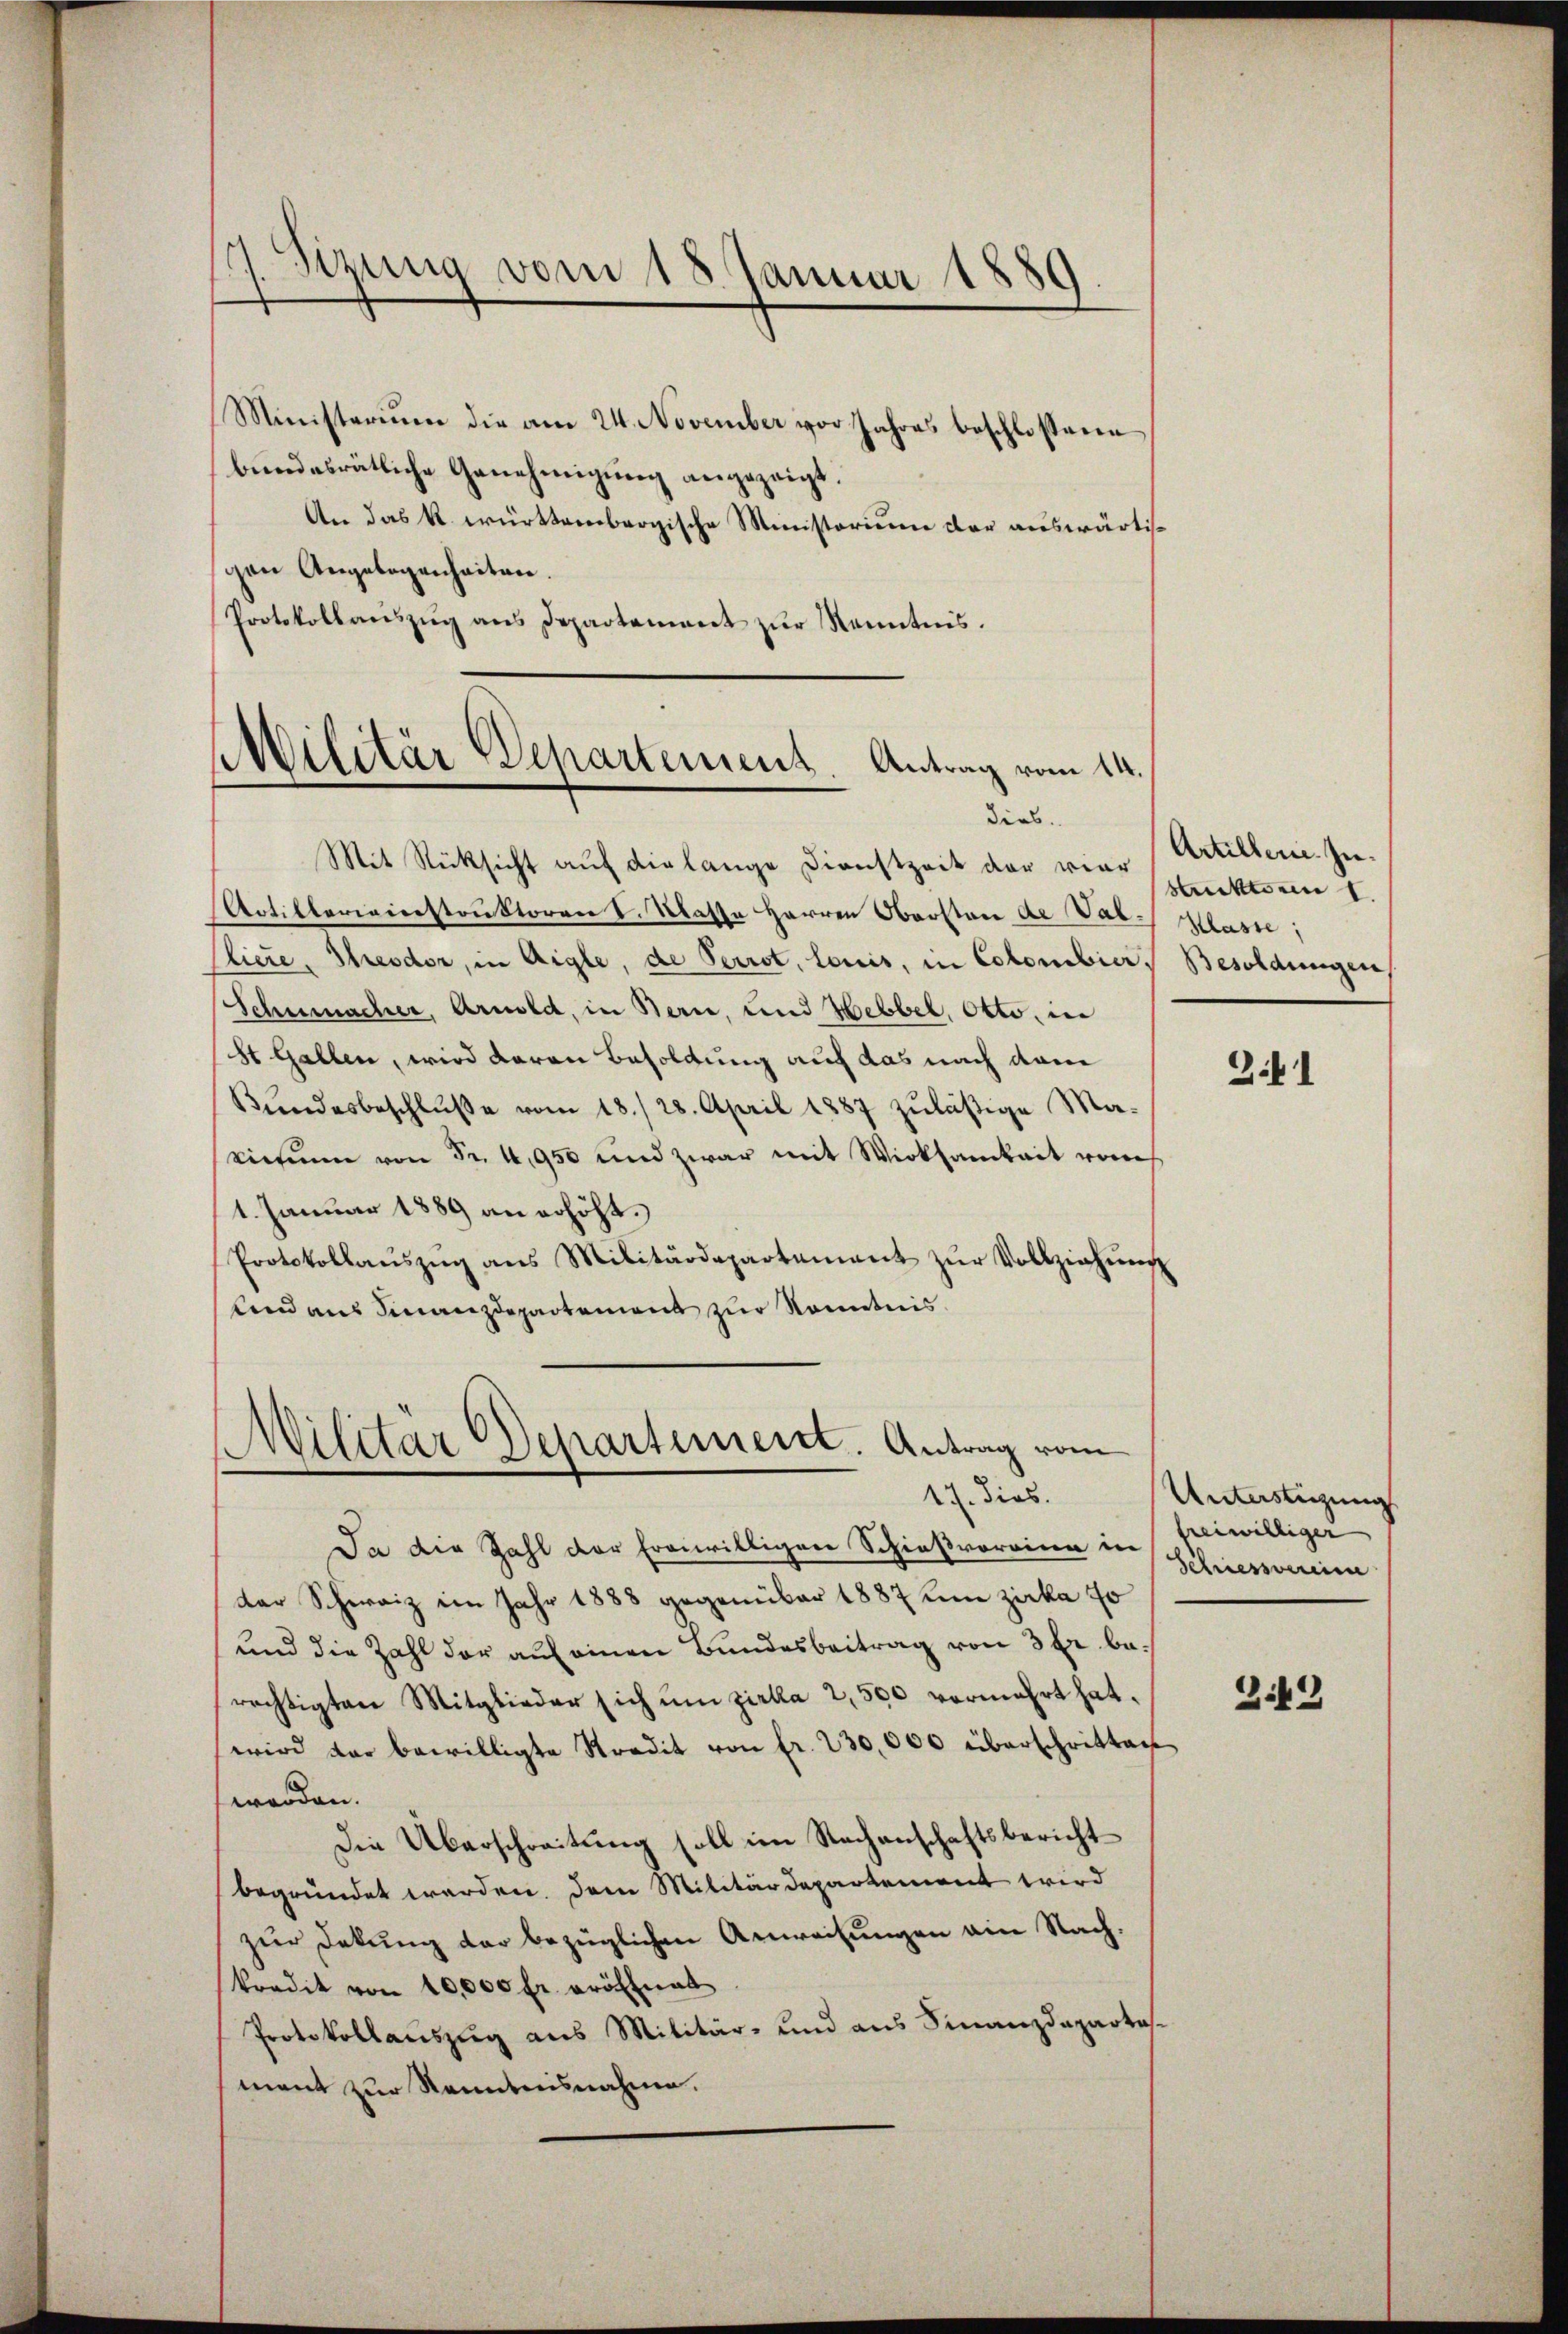
.
Sizung vom 18. Januar 1889

Ministerium die am 24. November vor Jahres beschlossene
bŭndesrätliche Genehmigŭng angezeigt.
An das k. württembergische Ministorium der auswärtigen Angebogenheiten.
Protokollauszug aus Departement zur Kenntnis.

Militär Departement. Antrag vom 14.

dies.
Mit Rücksicht auf die lange Dienstzeit der vier
Artillerieienstruktoren I. Klasse Herren Obersten de Var- lasse,
liere, Theodor, in Aigle, de Perrot, louis, in Colombier, Besoldungen
Schumacher, Arnold, in Bern, und Hebbel, Otto, in
St Gallen, wird daran Besoldung auf das nach dam
Bŭndesbeschlŭβe vom 18./ 28. April 1887 zuläßige Ma-
icum von Fr. 4, 950 und zwar mit Wirksamkeit von
1. Januar 1889 an erhöht.
Protokollaŭszŭg ans Militärdepartement zŭr Vollziehŭng
und aus Finanzdepartement zur Kenntnis

s
Militär Departement. Antrag vom
17. dies

Da die Zahl der freiwilligen Schießvorrina in
der Schweiz im Jahr 1888 gegenüber 1887 um Zirka fo
und die Zahl der auf einen Bundesbeitrag von 3 Fr. berechtigten Mitglieder sich ŭm zirka 2,500 vermehrt hat.
wird der bewilligte Stradit von fr. 230,000 überschritten
worden.
Die Überschreitung soll im Nachanschaftsbericht
begründet werden. Dem Militärdepartement wird
zur Dekŭng der bezüglichen Anweisungen ain Nachkredit von 10,000 Fr. eröffnet
Protokollaŭszŭg ans Militär- und aus Finanzdeparta
mant zur Kenntnisnahme.

Artillen. In¬
Sektionen I.

Zif 1

Unterstüzung
freiwilliger
Schriessverein

3:49